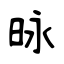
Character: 昹